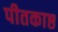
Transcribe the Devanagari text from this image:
पीतकाष्ठ